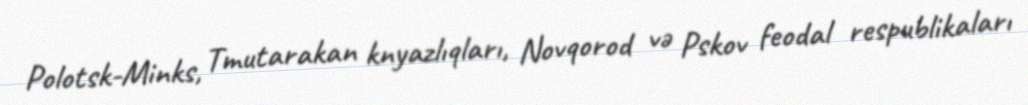
Polotsk-Minks, Tmutarakan knyazlıqları, Novqorod və Pskov feodal respublikaları